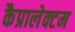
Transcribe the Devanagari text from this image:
कैप्रालेक्टम